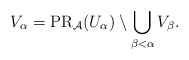
\begin{align*} V_\alpha = \mathrm{PR}_{\mathcal A}(U_\alpha) \setminus \bigcup_{\beta < \alpha} V_\beta. \end{align*}